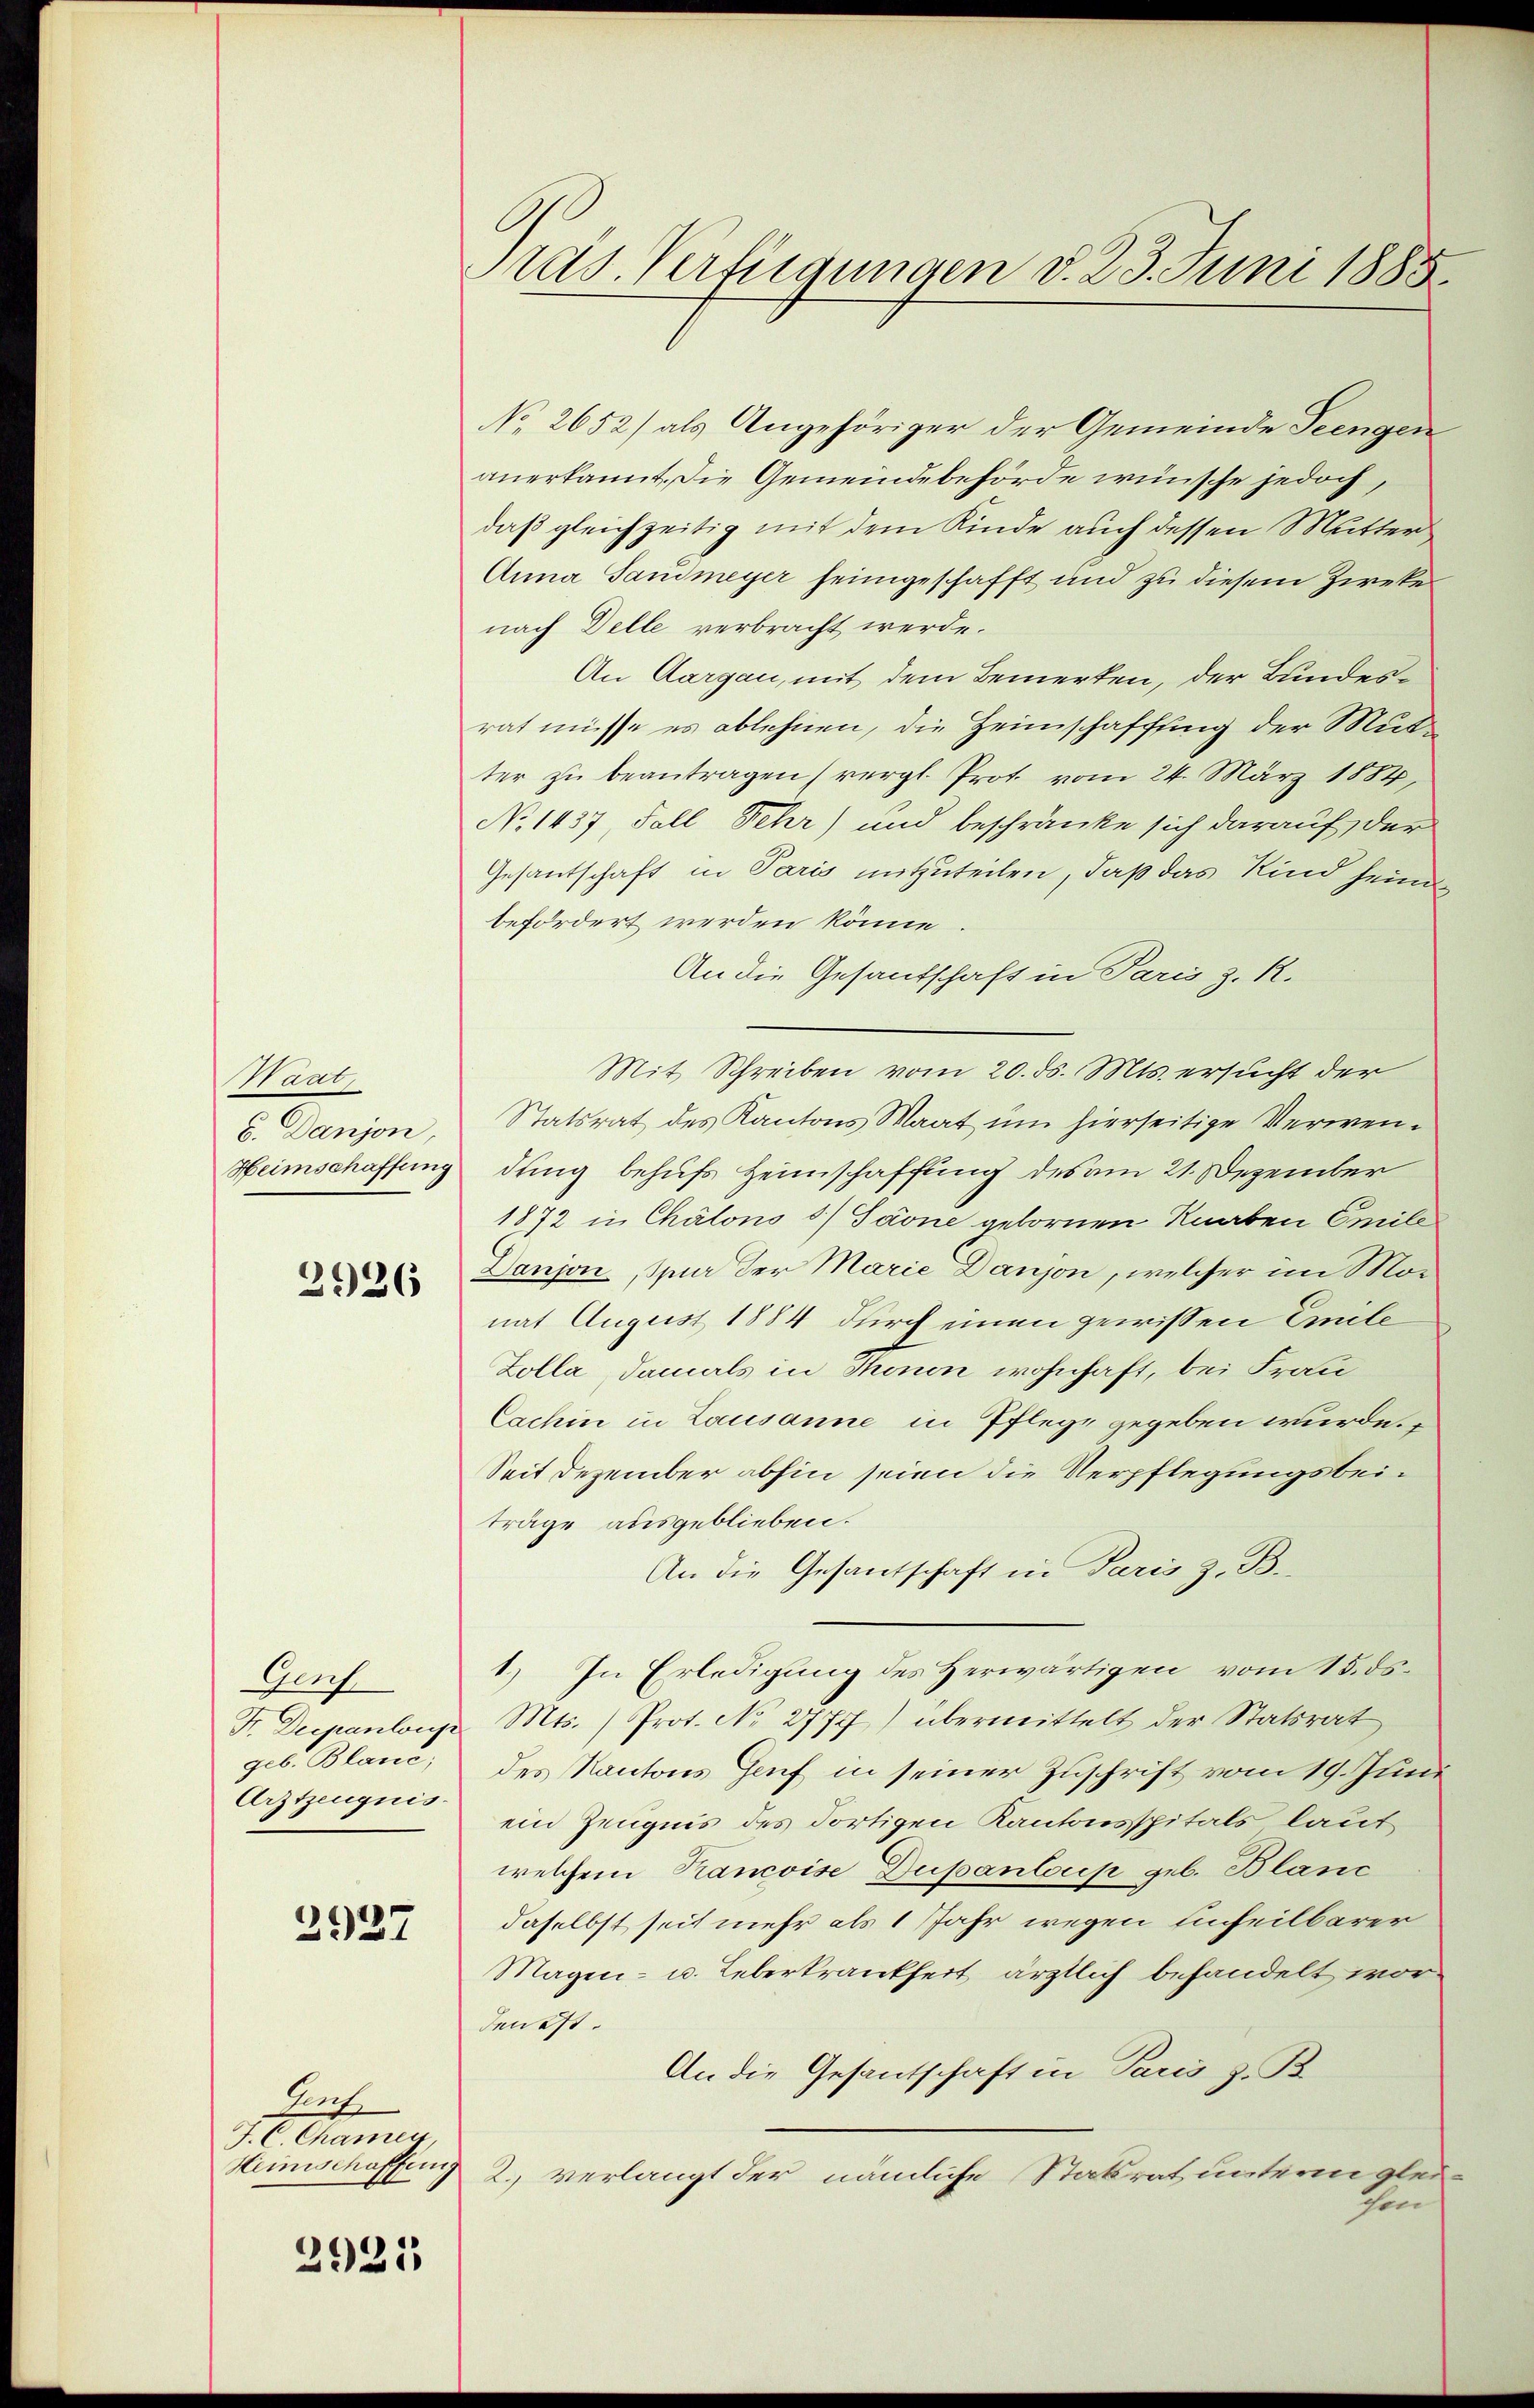
Staat
6. Danjon,

Auch
geb. Blanc,
Arztzeugnis.

2926

2927

Auf
J. C. Chamen,
Heimschaffung

2921

rds. Verfügungen d. 23. Juni 1885.

No 2652) als Angehöriger der Gemeinde Teengen
anerkannt. Die Gemeindebehörde wünsche jedoch,
daß gleichzeitig mit dem Kinde auch dessen Mutter
Anna Sandmeyer heimgeschafft und zu diesem Zieker
nach Delle verbracht werde.
An Aargau, mit dem Bemerken, der Bundesrat müsse es ablehnen, die Heimschaffung der Mutter zŭ beantragen (vergl. Prot. vom 24. März 1884,
No 1437, Fall Sehr) und beschränke sich darauf der
Gesantschaft in Paris mitzuteilen, daß das Kind heimbefördert werden könne
An die Gesantschaft in Paris z. R.
Mit Schreiben vom 20. ds. Mts. ersucht der
Statsrat des Kantons Maat um hierseitige Verwen¬
Heimschaffung ding behufs Heimschaffung des am 21. Dezember
1872 in Chalons 5) Paone gebornen Knaben Emile
Danjon, Spur der Marie Danjon, welcher im Monat August 1884 durch einen gewissen Emile
Zolla, damals in Thonen wohnhaft, bei Frau
Cachin in Lausanne in Pflege gegeben wurde.
Seit Dezember abhin seien die Verpflegungsbeiträge ausgeblieben.
An die Gesantschaft in Paris z. B.
1.) In Erledigung des Herwärtigen vom 15. ds.
Fr. Diepanloup Mts. ) Prot. No 2777) übermittelt der Statsrat
des Kantons Genf in seiner Zuschrift vom 19. Juni
ein Zeugnis des dortigen Kantonsspitals laut
welchem Rancoise Dupantorp geb. Blanc
daselbst seit mehr als 1 Jahr wegen Einheilbarer
Magen- u. Leberkrankheit ärztlich behandelt worden ist.
An die Gesantschaft in Paris z. B.
2. verlangt der nämliche Statrat unterm glei
chen